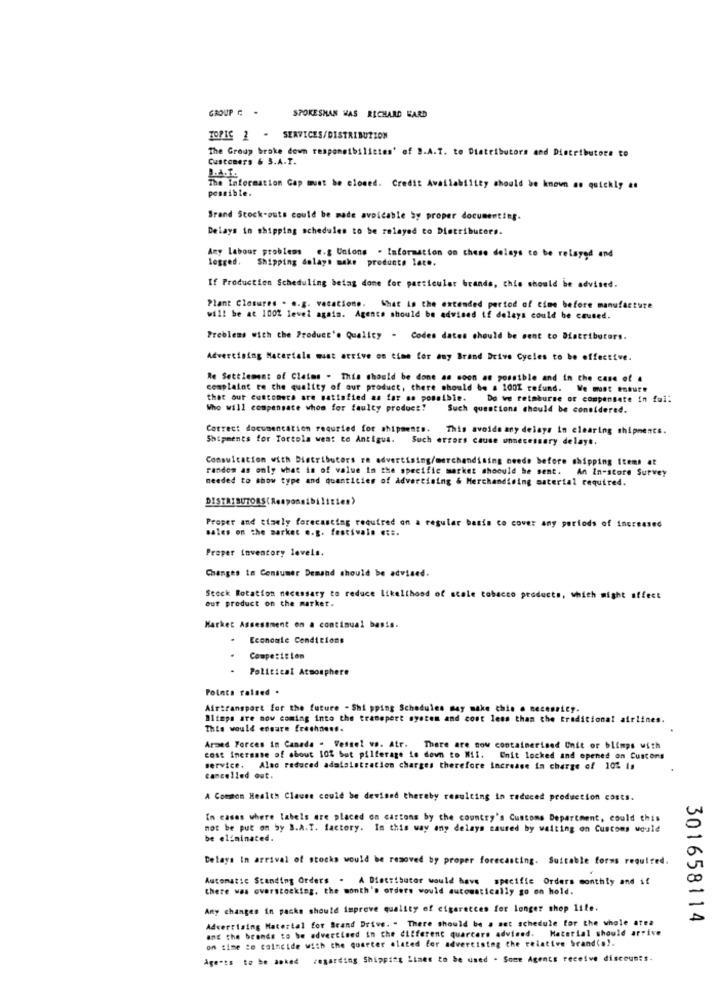
GROUP C -
SPOKESMAN WAS RICHARD HARD
IOPIE 2 - SERVICES/DISTRIBUZION
The Group broke down responsibilities' of 9.A.T. to Diatributors and Distributors to
Customers & S.A.T.
L.A.T.
The Information Gap must be closed. Credit Availability should be known as quickly as
possible.
Srand Stock-outs could be made avoidable by proper documenting.
Delays in shipping schedules to be relayed to Distributors.
Amy Labour problems e.g Unions . Information on these delays to be relayed and
logged. Shipping dolays make products late.
If Productien Scheduling being done for particular brands, this should be advised.
Plant Closures . .. g. vacatione. What is the extended period of time before manufacture
will be at 100% level again. Agence should be advised if delays could be caused.
Problems with the Product's Quality - Codes dates should be sent to Distributors.
Advertising Materiale must arrive on time for any Brand Drive Cycles to be effective.
Re Settlement of Claims . This should be done as soon as possible and in the case of .
complaint re the quality of our product, there should be a 100% refund. We must ensure
that our customers are satisfied as far as possible.
Do we retmburse or compensate in fui:
Who will compensate whom for faulty product!
Such questions should be considered.
Correct documentation requried for shipments. This avoids any delays in clearing shipments.
Shipments for Tortola went to Antigua.
Such errors cause unnecessary delays.
Consultation with Distributors ra advertising/merchandising neede before shipping Items at
randes as only what in of value In the specific market shoould be sent. An In-store Survey
needed to show type and quantities of Advertising & Merchandising material required.
Proper and timely forecasting required on a regular basis co cover any periods of increased
sales on the market e.g. festivals et :.
Preper inventory levels.
Changes in Consumer Demand should be advised.
our product on the market.
Stock Rotation necessary to reduce likelihood of scale tobacco products, which might affect
Market Assessment on a continual basis.
.
Economie Conditions
Competition
Political Atmosphere
Points raided .
Airtransport for the future - Shi pping Schedules may make this . necessity.
Blimps are now coming into the transport system and cost less than the traditional airlines.
This would ensure Erechoens.
Armed Forces in Canada - Vessel va. Atr. There are now containerined Unit or blimps with
cost Increase of about 10% but pilferage is down to Mil. Unit locked and opened on Cuscons
service. Alac reduced administration charges therefore increase in charge of 102 Is
cancelled out.
A Common Health Clause could be devised thereby resulting in reduced production costs.
In cases where labels are placed on cartons by the country's Customs Department, could this
not be put on by B.A.T. factory. In this way any delays caused by waiting on Customs would
be eliminated.
Delays In arrival of stocks would be removed by proper forecasting. Suitable forms required.
Automatic Standing Orders . A Distributor would have specific Orders monthly and if
there was overstocking, the month's orders would automatically go on hold.
Any changes in packs should improve quality of cigaretces for longer thep lite.
Advertising Material for Brand Drive. . There should be a set schedule for the whole atea
301658114
aDE the brands to be advertised in the different quarters advised. Material should arrive
on time to coincide with the quarter elated for advertising the relative brand(a).
Age"ts to be asked regarding Shipping Lines to be used . Some Agents receive discounts.